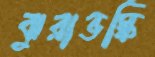
ঝুরাভস্কি